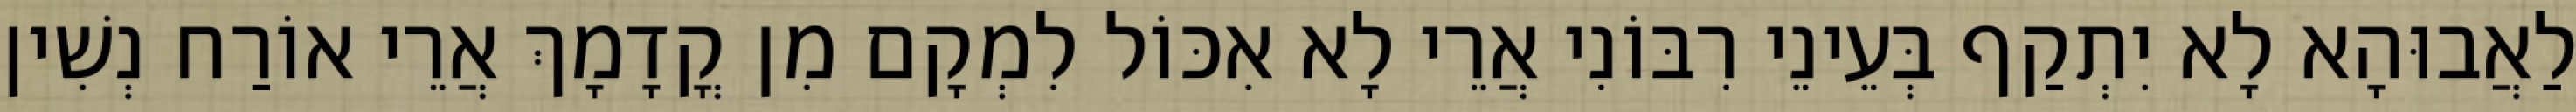
לַאֲבוּהָא לָא יִתְקַף בְּעֵינֵי רִבּוֹנִי אֲרֵי לָא אִכּוֹל לִמְקָם מִן קֳדָמָךְ אֲרֵי אוֹרַח נְשִׁין